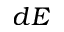
d E